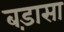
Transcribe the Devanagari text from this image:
बड़ासा